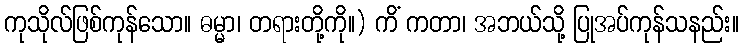
ကုသိုလ်ဖြစ်ကုန်သော။ ဓမ္မာ၊ တရားတို့ကို။) ကိံ ကတာ၊ အဘယ်သို့ ပြုအပ်ကုန်သနည်း။